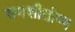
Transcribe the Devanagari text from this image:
समशीतोष्‍ण